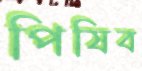
পিষিব